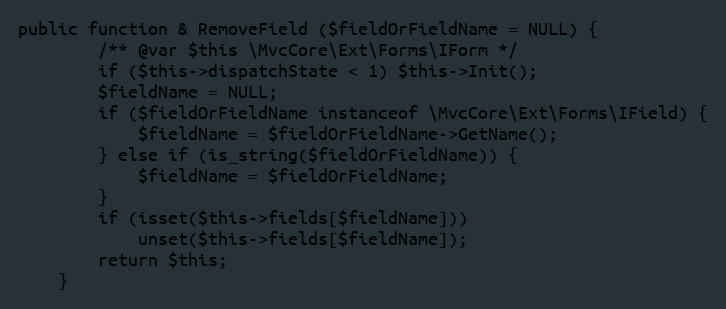
Language: PHP
public function & RemoveField ($fieldOrFieldName = NULL) {
		/** @var $this \MvcCore\Ext\Forms\IForm */
		if ($this->dispatchState < 1) $this->Init();
		$fieldName = NULL;
		if ($fieldOrFieldName instanceof \MvcCore\Ext\Forms\IField) {
			$fieldName = $fieldOrFieldName->GetName();
		} else if (is_string($fieldOrFieldName)) {
			$fieldName = $fieldOrFieldName;
		}
		if (isset($this->fields[$fieldName]))
			unset($this->fields[$fieldName]);
		return $this;
	}